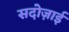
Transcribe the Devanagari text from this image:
सदोज़ाई